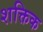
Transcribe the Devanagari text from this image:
शक्तिक